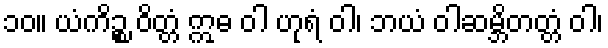
၁၀။ ယံကိဉ္စ ဝိတ္တံ ဣဓ ဝါ ဟုရံ ဝါ၊ ဘယံ ဝါဆမ္ဘိတတ္တံ ဝါ၊